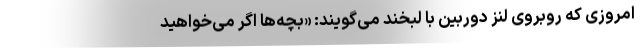
امروزی که روبروی لنز دوربین با لبخند می‌گویند: «بچه‌ها اگر می‌خواهید